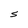
Character: S